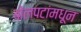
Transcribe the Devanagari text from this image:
बोलपटांमधून